Annual administration report of the Civil Veterinary Department of India - 1894-1895
Year: 1894
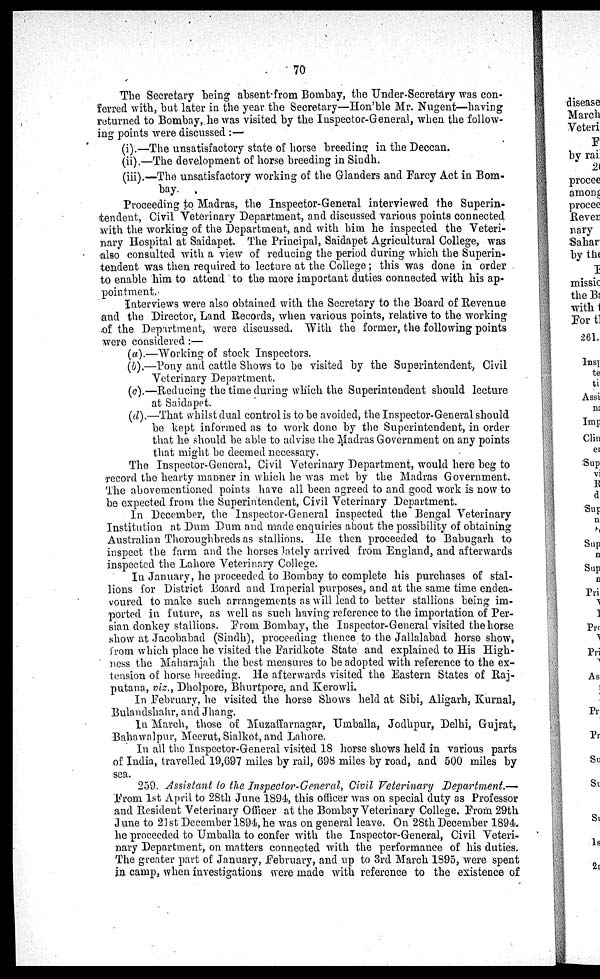
70
The Secretary being absen from Bombay, the Under-Secretary was con-
ferred with, but later in the year the Secretary—Hon'ble Mr. Nugent—having
returned to Bombay, he was visited by the Inspector-General, when the follow-
ing points were discussed :—
(i).—The unsatisfactory state of horse breeding in the Deccan.
(ii).—The development of horse breeding in Sindh.
(iii).—The unsatisfactory working of the Glanders and Farcy Act in Bom-
bay.
Proceeding to Madras, the Inspector-General interviewed the Superin-
tendent, Civil Veterinary Department, and discussed various points connected
with the working of the Department, and with him he inspected the Veteri-
nary Hospital at Saidapet. The Principal, Saidapet Agricultural College, was
also consulted with a view of reducing the period during which the Superin-
tendent was then required to lecture at the College; this was done in order
to enable him to attend to the more important duties connected with his ap-
pointment.
Interviews were also obtained with the Secretary to the Board of Revenue
and the Director, Land Records, when various points, relative to the working
of the Department, were discussed. With the former, the following points
were considered:—
(a).—Working of stock Inspectors.
(b).—Pony and cattle Shows to be visited by the Superintendent, Civil
Veterinary Department.
(c).—Reducing the time during which the Superintendent should lecture
at Saidapet.
(d).—That whilst dual control is to be avoided, the Inspector-General should
be kept informed as to work done by the Superintendent, in order
that he should be able to advise the Madras Government on any points
that might be deemed necessary.
The Inspector-General, Civil Veterinary Department, would here beg to
record the hearty manner in which he was met by the Madras Government.
The abovementioned points have all been agreed to and good work is now to
be expected from the Superintendent, Civil Veterinary Department.
In December, the Inspector-General inspected the Bengal Veterinary
Institution at Dum Dura and made enquiries about the possibility of obtaining
Australian Thoroughbreds as stallions. He then proceeded to Babugarh to
inspect the farm and the horses lately arrived from England, and afterwards
inspected the Lahore Veterinary College.
In January, he proceeded to Bombay to complete his purchases of stal-
lions for District Board and Imperial purposes, and at the same time endea-
voured to make such arrangements as will lead to better stallions being im-
ported in future, as well as such having reference to the importation of Per-
sian donkey stallions. From Bombay, the Inspector-General visited the horse
show at Jacobabad (Sindh), proceeding thence to the Jallalabad horse show,
from which place he visited the Faridkote State and explained to His High-
ness the Maharajah the best measures to be adopted with reference to the ex-
tension of horse breeding. He afterwards visited the Eastern States of Raj-
putana, viz., Dholpore, Bhurtpore, and Kerowli.
In February, he visited the horse Shows held at Sibi, Aligarh, Kurnal,
Bulandshahr, and Jhang.
In March, those of Muzaffarnagar, Umballa, Jodhpur, Delhi, Gujrat,
Bahawalpur, Meerut, Sialkot, and Lahore.
In all the Inspector-General visited 18 horse shows held in various parts
of India, travelled 19,697 miles by rail, 698 miles by road, and 500 miles by
sea.
259. Assistant to the Inspector-General, Civil Veterinary Department.—
From 1st April to 28th June 1894, this officer was on special duty as Professor
and Resident Veterinary Officer at the Bombay Veterinary College. From 29th
June to 21st December 1894, he was on general leave. On 28th December 1894.
he proceeded to Umballa to confer with the Inspector-General, Civil Veteri-
nary Department, on matters connected with the performance of his duties.
The greater part of January, February, and up to 3rd March 1895, were spent
in camp, when investigations were made with reference to the existence of